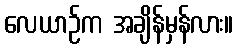
လေယာဉ်က အချိန်မှန်လား။